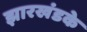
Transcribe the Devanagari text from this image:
झारखंडके